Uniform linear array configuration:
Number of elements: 24
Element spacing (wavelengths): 0.5
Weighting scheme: binomial
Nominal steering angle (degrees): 30
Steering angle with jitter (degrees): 30.507
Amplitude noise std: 0.05
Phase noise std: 0.05

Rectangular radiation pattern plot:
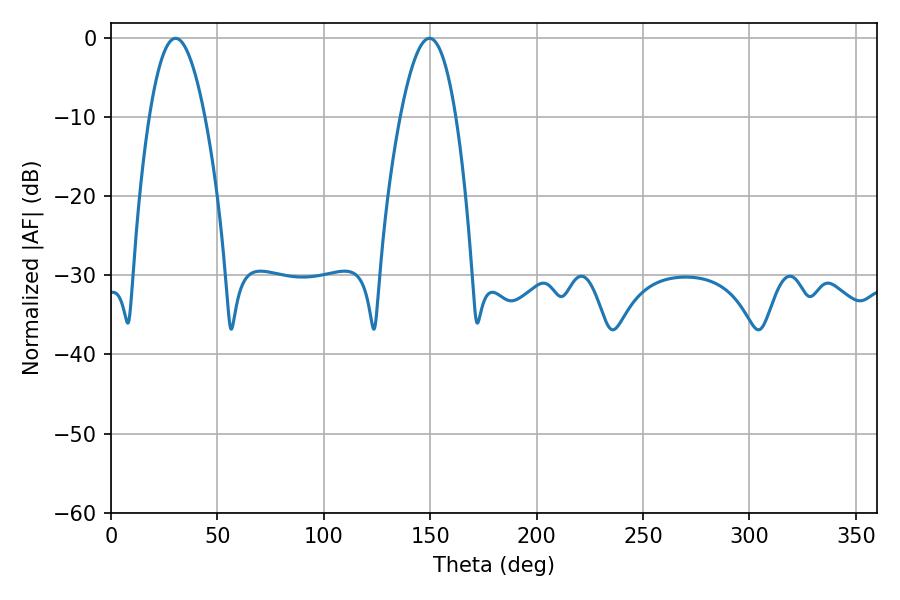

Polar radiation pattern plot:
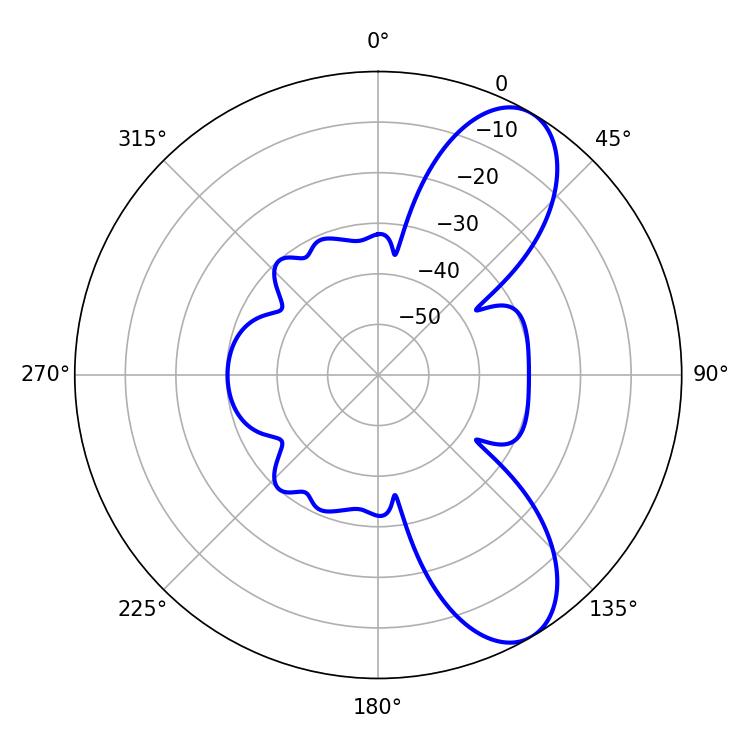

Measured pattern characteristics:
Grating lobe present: FALSE
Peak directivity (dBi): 8.664
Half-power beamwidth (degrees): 14.22
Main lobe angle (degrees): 30.42